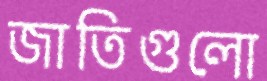
জাতিগুলো